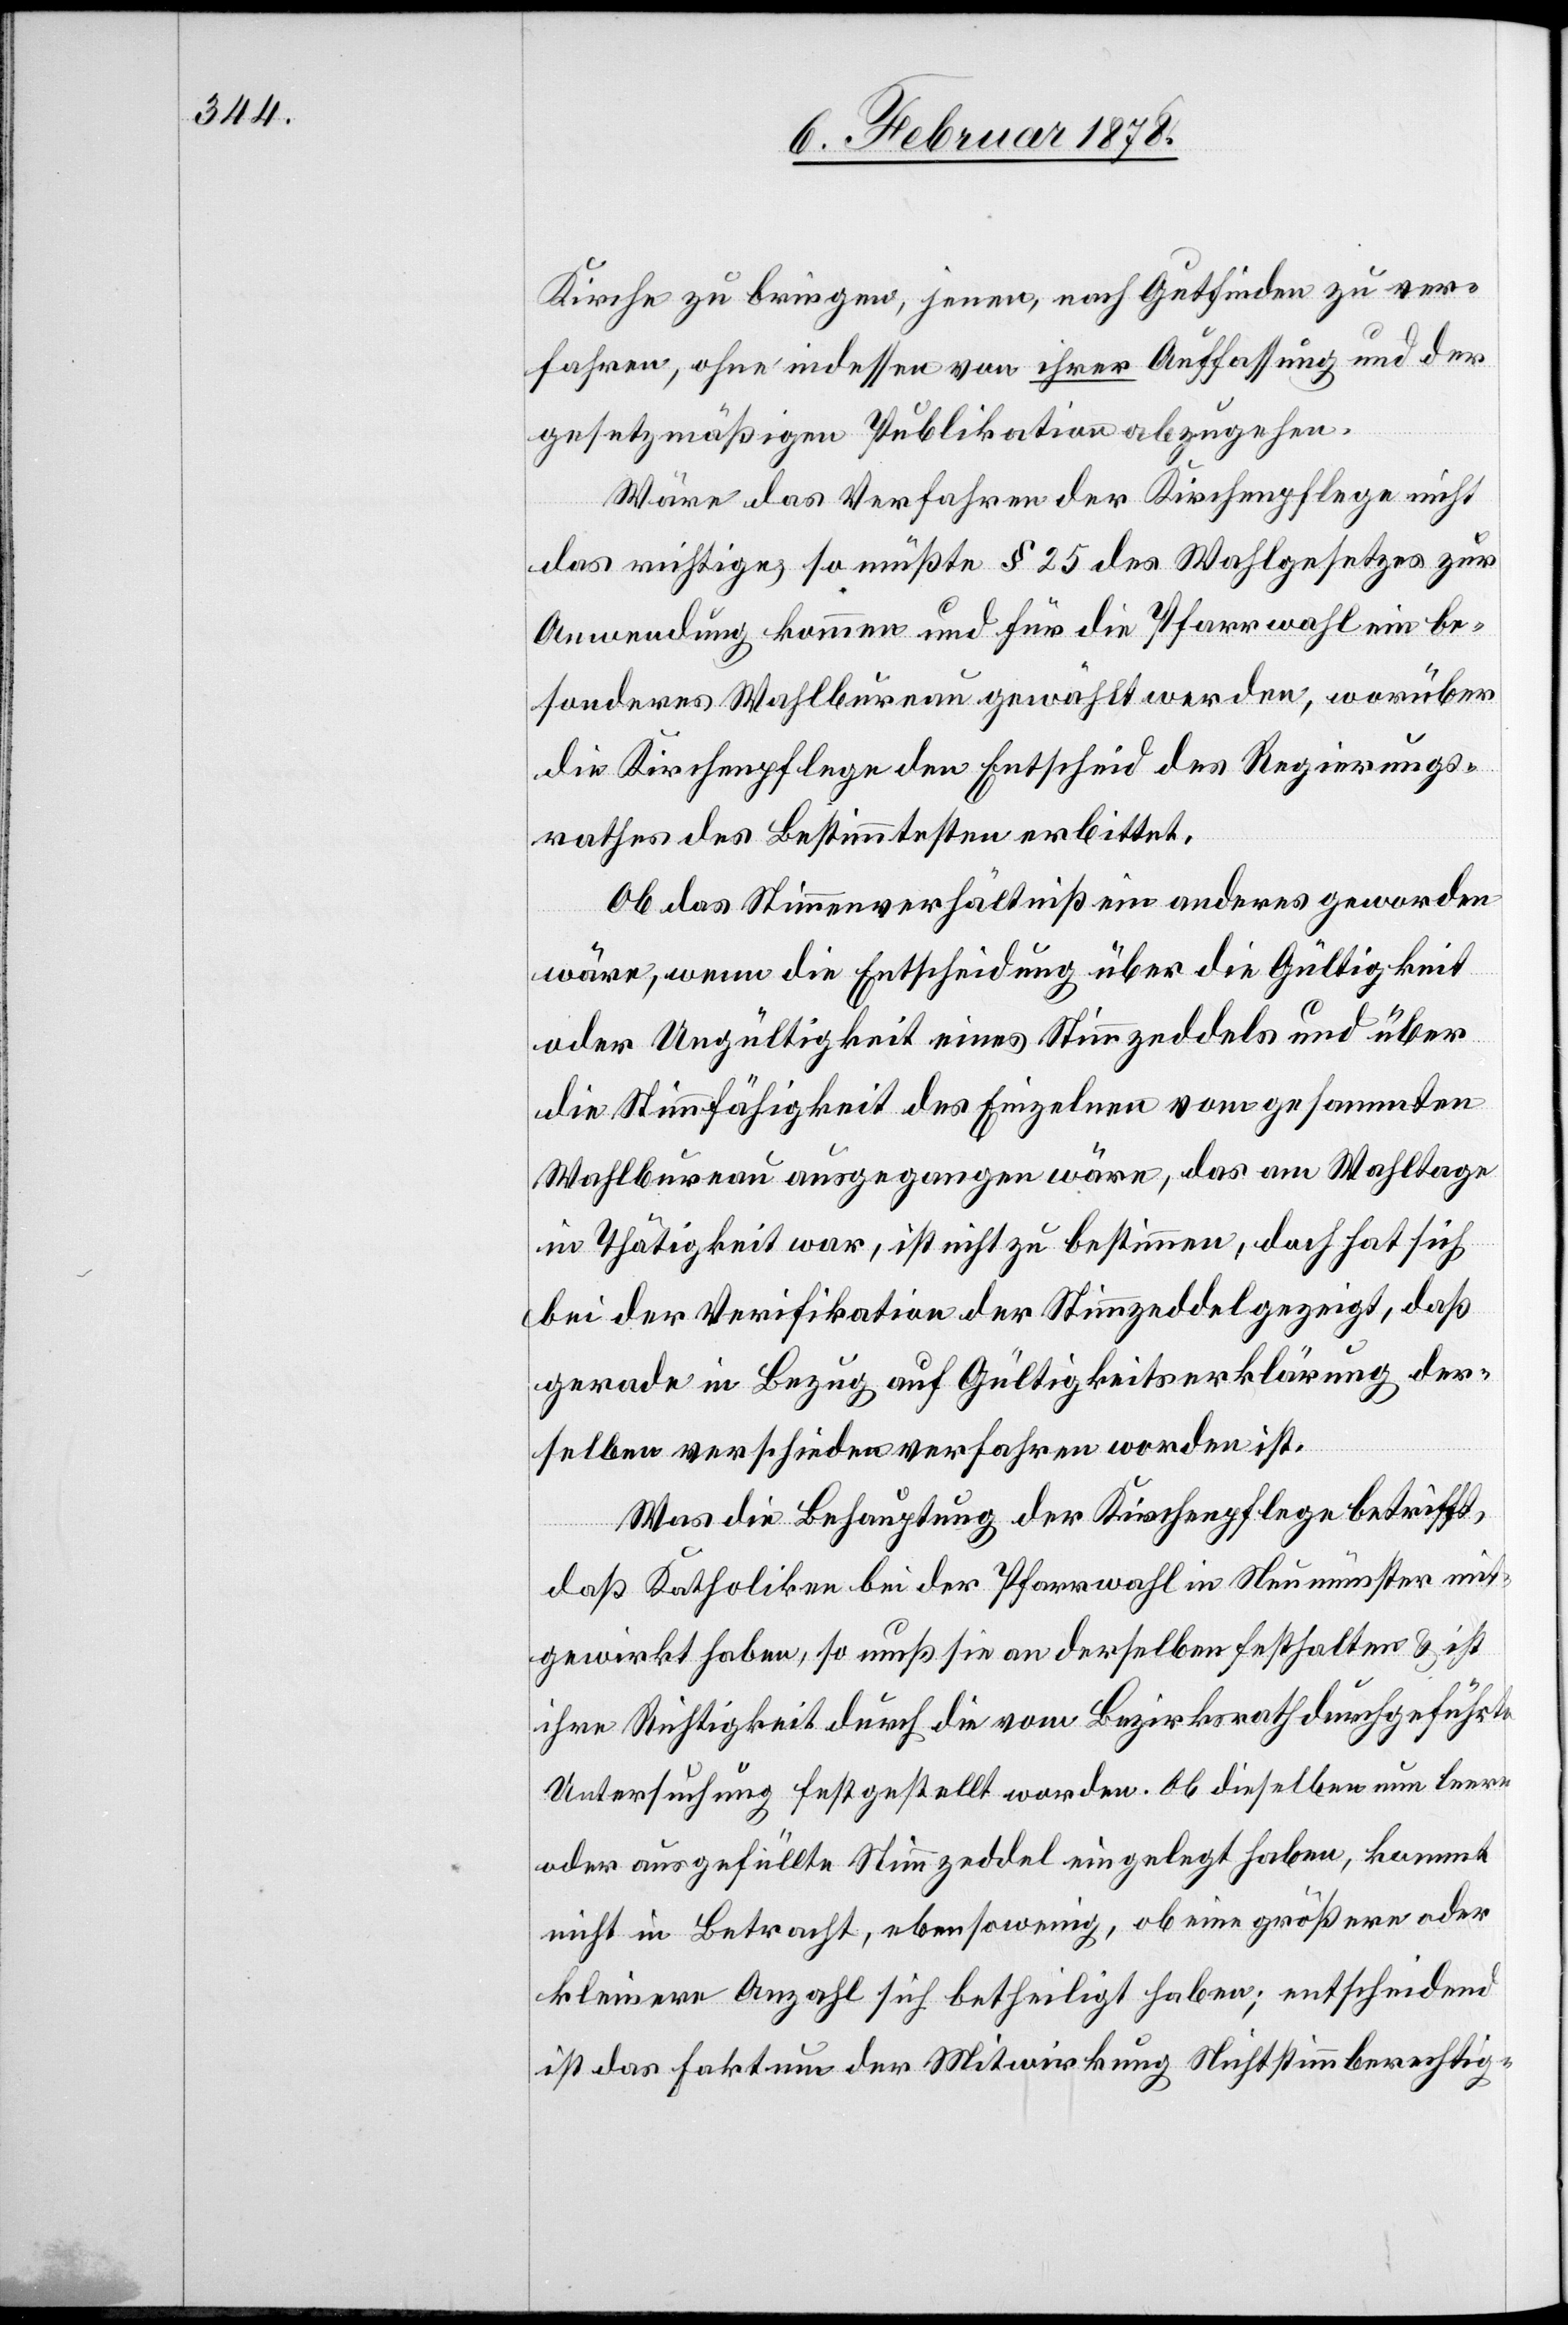
Kirche zu bringen, jenen, nach Gutfinden zu ver¬
fahren, ohne indessen von ihrer Auffassung und der
gesetzmäßigen Publikation abzugehen.
Wäre das Verfahren der Kirchenpflege nicht
das richtige, so müßte § 25 des Wahlgesetzes zur
Anwendung kommen und für die Pfarrwahl ein be¬
sonderes Wahlbureau gewählt werden, worüber
die Kirchenpflege den Entscheid des Regierungs¬
rathes des Bestimmtesten erbittet.
Ob das Stimmverhältniß ein anderes geworden
wäre, wenn die Entscheidung über die Gültigkeit
oder Ungültigkeit eines Stimmzeddels und über
die Stimmfähigkeit des Einzelnen vom gesammten
Wahlbureau ausgegangen wäre, das am Wahltage
in Thätigkeit war, ist nicht zu bestimmen, doch hat sich
bei der Verifikation der Stimmzeddel gezeigt, daß
gerade in Bezug auf Gültigkeitserklärung der¬
selben verschieden verfahren worden ist.
Was die Behauptung der Kirchenpflege betrifft,
daß Katholiken bei der Pfarrwahl in Neumünster mit¬
gewirkt haben, so muß sie an derselben festhalten & ist
ihre Richtigkeit durch die vom Bezirksrath durchgeführte
Untersuchung festgestellt worden. Ob dieselben nun leere
oder ausgefüllte Stimmzeddel eingelegt haben, kommt
nicht in Betracht, ebenso wenig, ob eine größere oder
kleinere Anzahl sich betheiligt haben; entscheidend
ist das Faktum der Mitwirkung Nichtstimmberechtig-